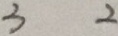
3 2